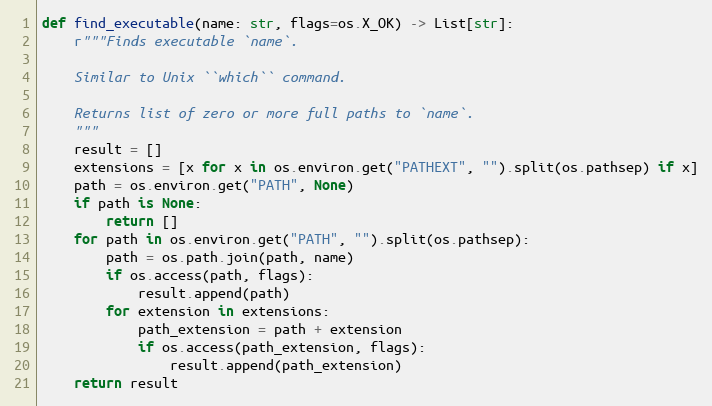
Language: Python
def find_executable(name: str, flags=os.X_OK) -> List[str]:
    r"""Finds executable `name`.

    Similar to Unix ``which`` command.

    Returns list of zero or more full paths to `name`.
    """
    result = []
    extensions = [x for x in os.environ.get("PATHEXT", "").split(os.pathsep) if x]
    path = os.environ.get("PATH", None)
    if path is None:
        return []
    for path in os.environ.get("PATH", "").split(os.pathsep):
        path = os.path.join(path, name)
        if os.access(path, flags):
            result.append(path)
        for extension in extensions:
            path_extension = path + extension
            if os.access(path_extension, flags):
                result.append(path_extension)
    return result